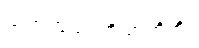
သဟ သဗ္ဗေဟိ ဉာတိဘိ။